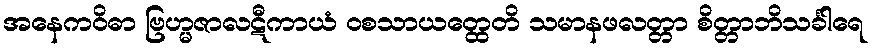
အနေကဝိဓာ ဗြဟ္မဇာလဋီကာယံ ဝစသာယတ္ထေတိ သမာနဖလတ္တာ စိတ္တာဘိသင်္ခါရေ